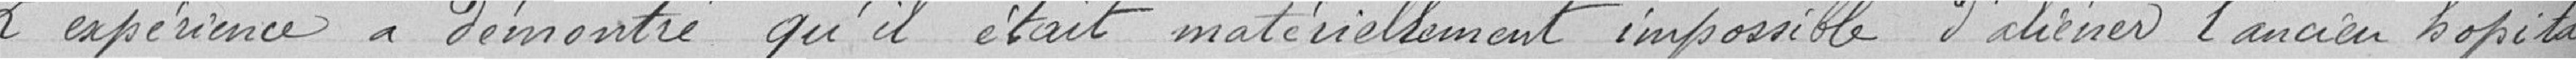
L'expérience a montré qu'il était matériellement impossible d'abîmer l'ancien hôpital